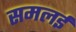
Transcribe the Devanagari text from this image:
समलई